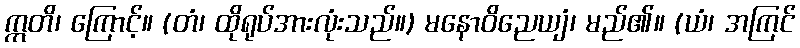
ဣတိ၊ ကြောင့်။ (တံ၊ ထိုရုပ်အားလုံးသည်။) မနောဝိညေယျံ၊ မည်၏။ (ယံ၊ အကြင်